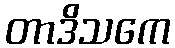
တာဒိသကေ